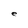
Character: e